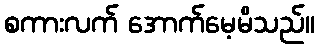
စကားလက် အောက်မေ့မိသည်။